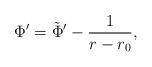
LaTeX: \begin{align*}\Phi' = \tilde{\Phi}' - { 1 \over r - r_0},\end{align*}